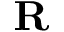
{ \bf R }